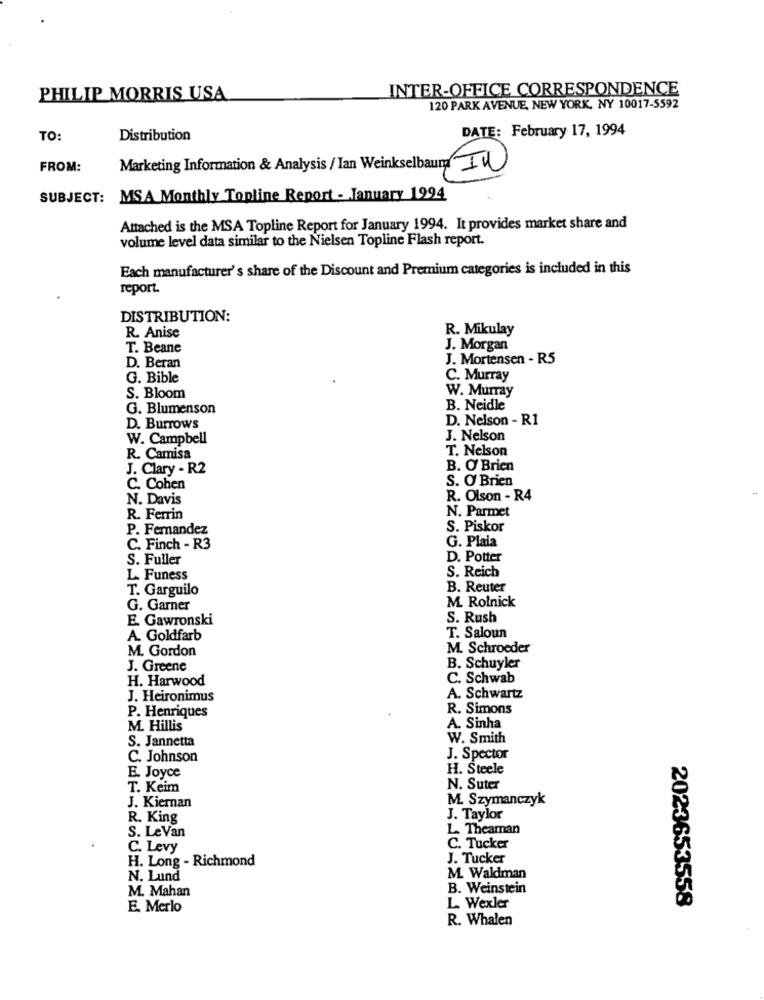
INTER-OFFICE CORRESPONDENCE
PHILIP MORRIS USA
120 PARK AVENUE, NEW YORK, NY 10017-5592
DATE: February 17, 1994
TO:
Distribution
FROM:
Marketing Information & Analysis / Ian Weinkselbaumg IN
SUBJECT: MSA Monthly Topline Report - January 1994
Attached is the MSA Topline Report for January 1994. It provides market share and
volume level data similar to the Nielsen Topline Flash report.
Each manufacturer's share of the Discount and Premium categories is included in this
report.
DISTRIBUTION:
R. Mikulay
R. Anise
T. Beane
J. Morgan
J. Mortensen - R5
D. Beran
G. Bible
C. Murray
W. Murray
S. Bloom
G. Blumenson
B. Neidle
D. Nelson - R1
D. Burrows
W. Campbell
J. Nelson
T. Nelson
R. Camisa
J. Clary - R2
B. O' Brien
S. O Brien
C. Cohen
N. Davis
R. Olson - R4
N. Parmet
R. Ferrin
BEHOZA
P. Fernandez
S. Piskor
G. Plaia
C. Finch - R3
S. Fuller
D. Potter
S. Reich
L. Funess
T. Garguilo
B. Reuter
M. Rolnick
G. Garner
E. Gawronski
S. Rush
A. Goldfarb
T. Saloun
M. Gordon
M. Schroeder
J. Greene
B. Schuyler
H. Harwood
C. Schwab
J. Heironimus
A. Schwartz
R. Simons
P. Henriques
M. Hillis
A. Sinha
S. Jannetta
W. Smith
C. Johnson
J. Spector
E. Joyce
H. Steele
T. Keim
N. Suter
M. Szymanczyk
J. Kiernan
R. King
J. Taylor
L. Theaman
S. LeVan
C. Levy
C. Tucker
H. Long - Richmond
J. Tucker
N. Lund
M. Waldman
M. Mahan
B. Weinstein
E. Merlo
L. Wexler
2023653558
R. Whalen